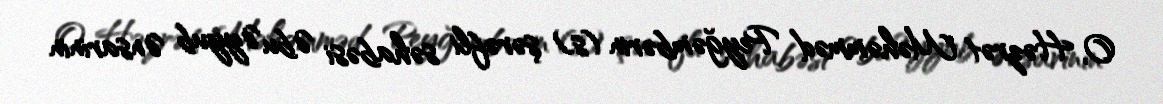
O, Həzrət Məhəmməd Peyğəmbərin (s) şərəfli səhabəsi Əbu Əyyub Ənsarinin